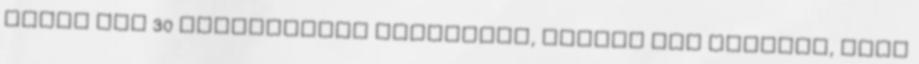
túrós Egy 30 másodperces gyakorlat, amiről azt tartják, hogy